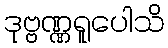
ဒုဗ္ဗဏ္ဏရူပေါသိ